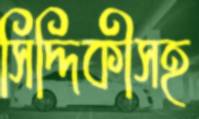
সিদ্দিকীসহ